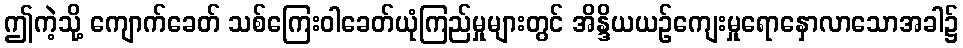
ဤကဲ့သို့ ကျောက်ခေတ် သစ်ကြေးဝါခေတ်ယုံကြည်မှုများတွင် အိန္ဒိယယဉ်ကျေးမှုရောနှောလာသောအခါ၌